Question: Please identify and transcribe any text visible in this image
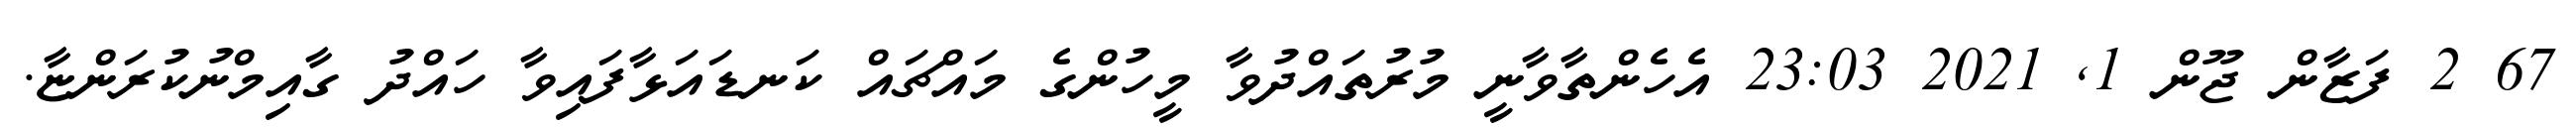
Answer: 67 2 ފަޒާން ޖޫން 1, 2021 23:03 އެހެންތާވާނީ މުރުތައްދުވާ މީހުންގެ މައްޗައް ކަނޑައަޅާފައިވާ ހައްދު ގާއިމްނުކުރަންޏާ.